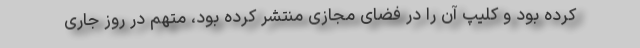
کرده بود و کلیپ آن را در فضای مجازی منتشر کرده بود، متهم در روز جاری